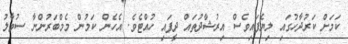
ކަމަށް ކަރުދާހުގައި ލިޔެފައިވެސް އިރުޝާދުތައް ދީފައި ހުއްޓެވެ. އެހެން ކަމުން މެމްބަރުންނާ ސުވާލު